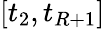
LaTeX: [t_{2},t_{R+1}]